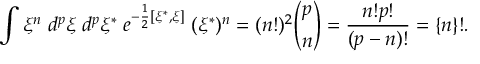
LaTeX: \int \xi ^ { n } \; d ^ { p } \xi \; d ^ { p } \xi ^ { * } \; e ^ { - \frac 1 2 [ \xi ^ { * } , \xi ] } \; ( \xi ^ { * } ) ^ { n } = ( n ! ) ^ { 2 } { \binom { p } { n } } = \frac { n ! p ! } { ( p - n ) ! } = \{ n \} ! .